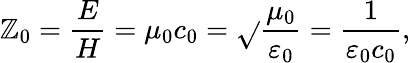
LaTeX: \mathbb{Z}_{0}={\frac{{E}}{{H}}}=\mu_{0}c_{0}={\sqrt{}{{\frac{{\mu_{0}}}{{\varepsilon_{0}}}}}}={\frac{{1}}{{\varepsilon_{0}c_{0}}}},